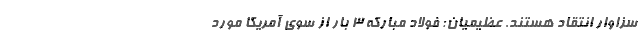
سزاوار انتقاد هستند. عظیمیان: فولاد مبارکه 3 بار از سوی آمریکا مورد